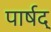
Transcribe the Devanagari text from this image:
पार्षद्